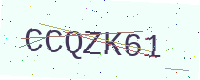
Text: CCQZK61